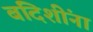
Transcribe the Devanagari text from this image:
बंदिशींना